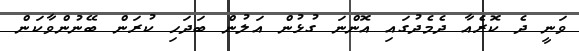
ވަނީ ދެ ކޮރެއާ ދެމެދުގައި އޮންނަ ގުޅުން އަލުން ބަދަހި ކުރަން ބޭނުންވާކަން